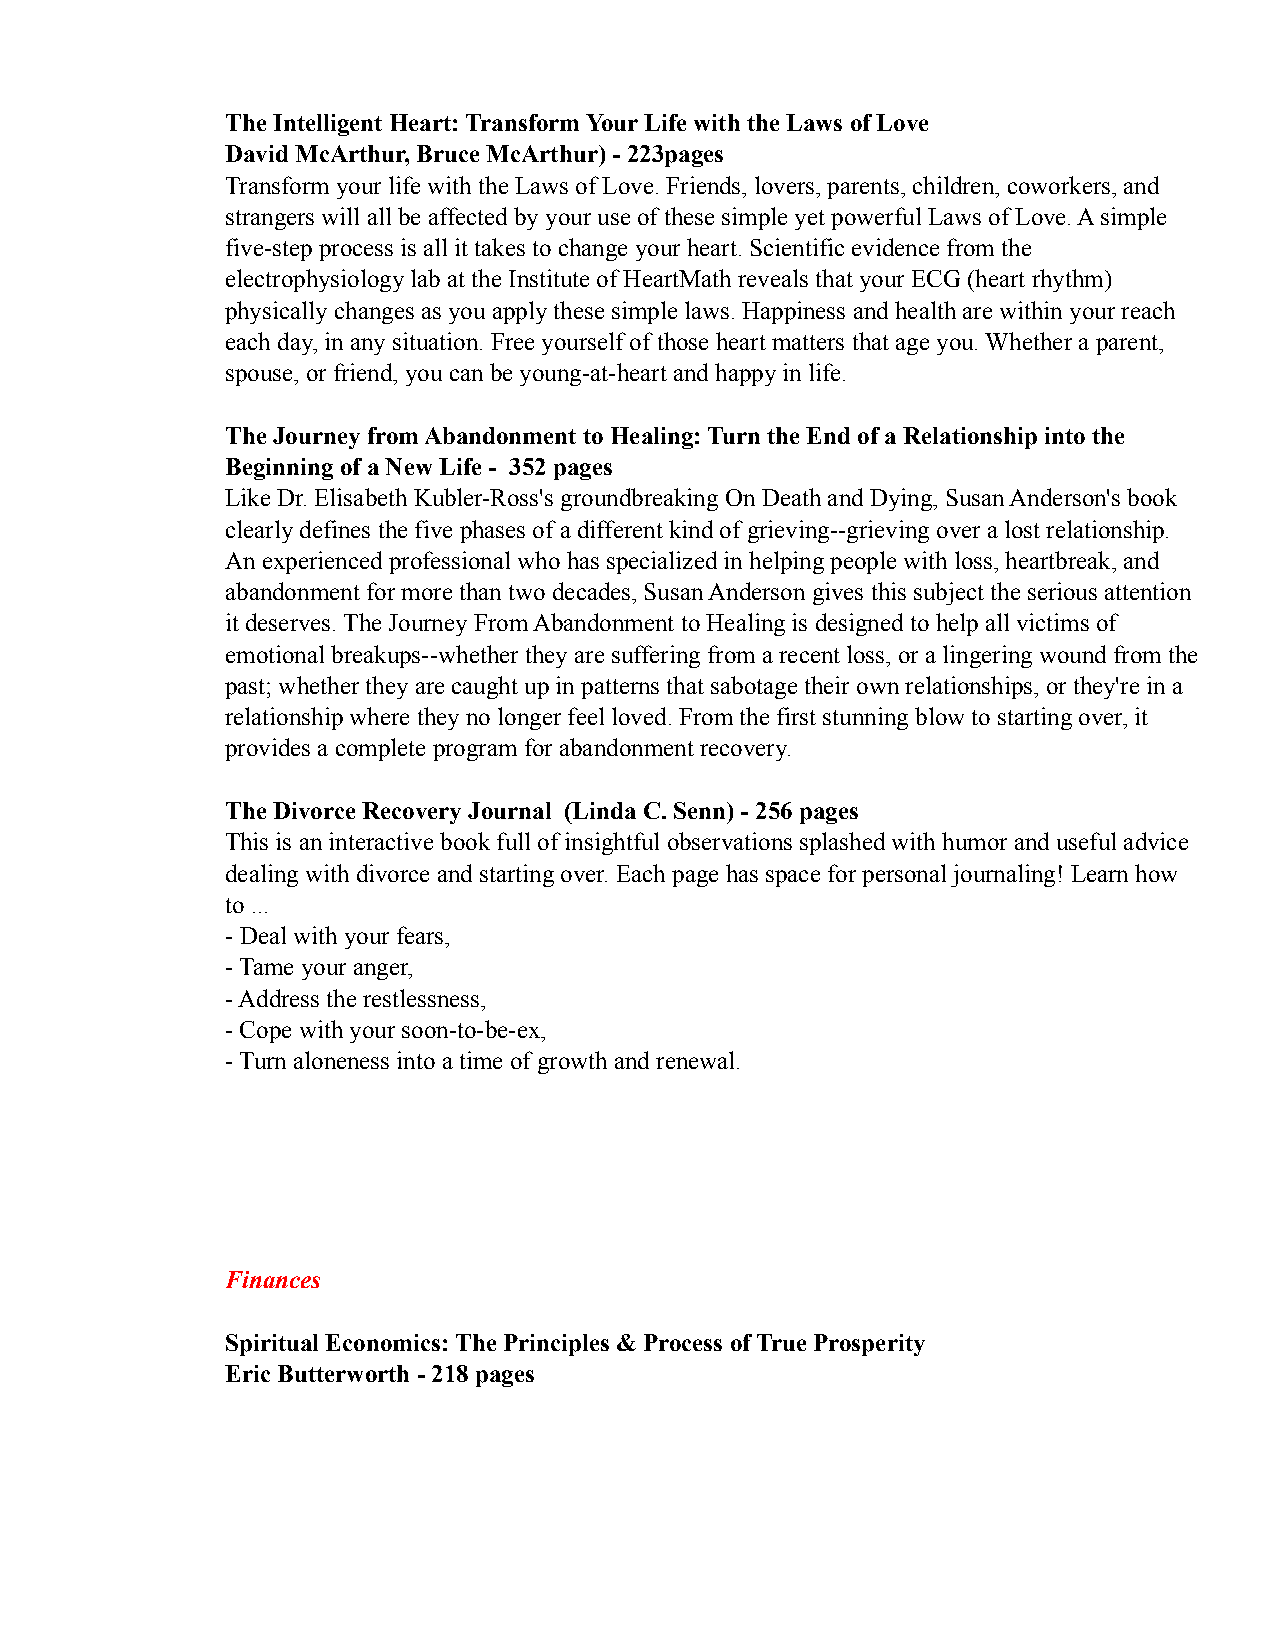
The Intelligent Heart: Transform Your Life with the Laws of Love
 David McArthur, Bruce McArthur) - 223pages
 Transform your life with the Laws of Love. Friends, lovers, parents, children, coworkers, and
 strangers will all be affected by your use of these simple yet powerful Laws of Love. A simple
 five-step process is all it takes to change your heart. Scientific evidence from the
 electrophysiology lab at the Institute of HeartMath reveals that your ECG (heart rhythm)
 physically changes as you apply these simple laws. Happiness and health are within your reach
 each day, in any situation. Free yourself of those heart matters that age you. Whether a parent,
 spouse, or friend, you can be young-at-heart and happy in life.
 The Journey from Abandonment to Healing: Turn the End of a Relationship into the
 Beginning of a New Life - 352 pages
 Like Dr. Elisabeth Kubler-Ross's groundbreaking On Death and Dying, Susan Anderson's book
 clearly defines the five phases of a different kind of grieving--grieving over a lost relationship.
 An experienced professional who has specialized in helping people with loss, heartbreak, and
 abandonment for more than two decades, Susan Anderson gives this subject the serious attention
 it deserves. The Journey From Abandonment to Healing is designed to help all victims of
 emotional breakups--whether they are suffering from a recent loss, or a lingering wound from the
 past; whether they are caught up in patterns that sabotage their own relationships, or they're in a
 relationship where they no longer feel loved. From the first stunning blow to starting over, it
 provides a complete program for abandonment recovery.
 The Divorce Recovery Journal (Linda C. Senn) - 256 pages
 This is an interactive book full of insightful observations splashed with humor and useful advice
 dealing with divorce and starting over. Each page has space for personal journaling! Learn how
 to ...
 - Deal with your fears,
 - Tame your anger,
 - Address the restlessness,
 - Cope with your soon-to-be-ex,
 - Turn aloneness into a time of growth and renewal.
 Finances
 Spiritual Economics: The Principles & Process of True Prosperity
 Eric Butterworth - 218 pages